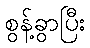
စွန့်ခွာပြီး